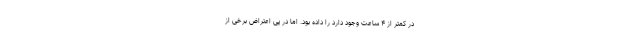
در کمتر از ۴ ساعت وجود دارد را داده بود. اما در پی اعتراض برخی از